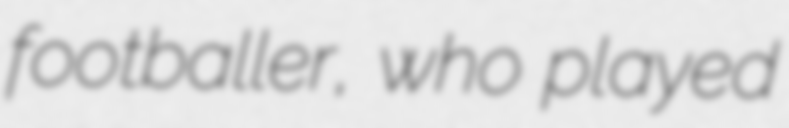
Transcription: footballer, who played